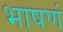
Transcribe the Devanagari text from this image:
भाषणं